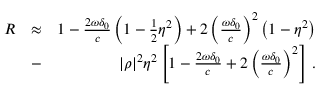
\begin{array} { r l r } { R } & { \approx } & { 1 - \frac { 2 \omega \delta _ { 0 } } { c } \left( 1 - \frac { 1 } { 2 } \eta ^ { 2 } \right) + 2 \left( \frac { \omega \delta _ { 0 } } { c } \right) ^ { 2 } \left( 1 - \eta ^ { 2 } \right) } \\ & { - } & { | \rho | ^ { 2 } \eta ^ { 2 } \left[ 1 - \frac { 2 \omega \delta _ { 0 } } { c } + 2 \left( \frac { \omega \delta _ { 0 } } { c } \right) ^ { 2 } \right] \, . } \end{array}